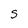
Character: S